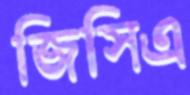
জিসিএ